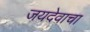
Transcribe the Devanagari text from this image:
जयदेवाचा